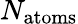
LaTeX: N_{\mathrm{atoms}}